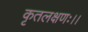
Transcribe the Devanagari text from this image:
कृतलक्षणः।।